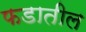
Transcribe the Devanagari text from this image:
फडातील